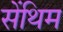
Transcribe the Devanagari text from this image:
सेंथिम